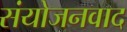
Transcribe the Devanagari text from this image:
संयोजनवाद